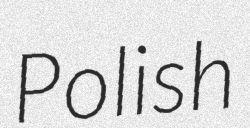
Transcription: Polish